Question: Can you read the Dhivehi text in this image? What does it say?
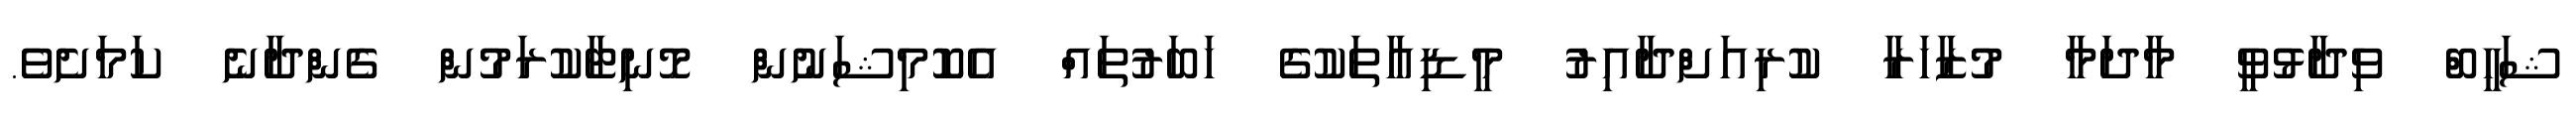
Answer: ޝަހީބް ވިދާޅުވީ މާދަމާ މުޒާހަރާ ކުރިއަށްދާއިރު މީޑިއާތަކުގެ ހަބަރުތައް އެކޮމިޝަނުން މޮނިޓާކުރަމުން ގެންދާނެ ކަމަށެވެ.